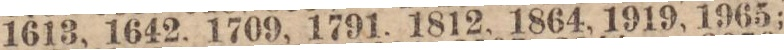
1613, 1642, 1709, 1791, 1812, 1864, 1919, 1965;